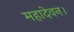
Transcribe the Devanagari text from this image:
महादेवन।